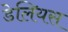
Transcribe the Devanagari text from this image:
डेलियस